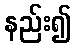
နည်း၍